Lunatic asylums Punjab 1868-1880 - 1868-1880
Year: 1868
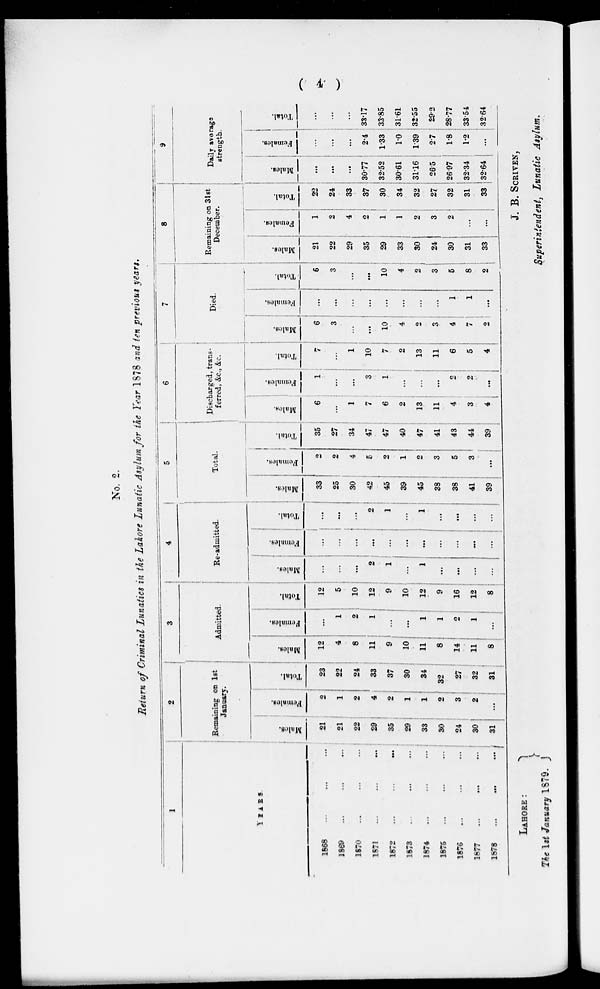
(4)
No. 2.
Return of Criminal Lunatics in the Lahore Lunatic Asylum for the Tear 1878 and ten previous years.
1
YEARS.
1868 ... ...
...
1869 ... ... ...
1870 ... ... ...
1871 ... ... ...
1872
...
...
...
1873 ... ... ...
1874 ... ... ...
1875 ... ... ...
1876 ... ... ...
1877 ... ... ...
1878 ... ... ...
2
Remaining on 1st
January.
Males
21
21
22
29
35
29
33
90
24
30
31
Females.
2
1
2
4
2
1
1
2
3
2
...
Total.
23
22
24
33
37
30
34
32
27
32
31
3
Admitted.
Males.
12
4
8
11
9
10
11
8
14
11
8
Females.
...
1
2
1
...
...
1
1
2
1
...
Total.
12
5
10
12
9
10
12
9
16
12
8
4
Re-admitted.
Males.
...
...
...
2
1
...
1
...
...
...
...
Females.
...
...
...
...
...
...
...
...
...
...
...
Total
...
...
...
2
1
...
1
...
...
...
...
5
Total.
Males.
33
25
30
42
45
39
45
38
38
41
39
Females.
2
2
4
...
2
1
2
3
5
3
...
Total.
35
27
34
47
47
40
47
41
43
44
39
6
Discharged, trans-
ferred, &C, &C.
Males.
6
...
1
7
6
2
13
11
4
3
4
Females.
1
...
...
3
1
...
...
...
2
2
...
Total.
7
...
1
10
7
2
13
11
6
5
4
7
Died.
Males.
6
3
...
...
10
4
2
3
4
7
2
Females.
...
...
...
...
...
...
...
...
1
1
...
Total.
6
3
...
...
10
4
2
3
5
8
2
8
Remaining on 31st
December.
Males
21
22
29
35
29
33
30
24
30
31
33
Females.
1
2
4
2
1
1
2
3
2
...
...
Total.
22
24
33
37
30
34
32
27
32
31
33
9
Daily average
strength.
Males
...
...
...
30.77
32.52
30.61
31.16
26.5
26.97
32.34
32.64
Females.
...
...
...
2.4
1.33
1.0
1.39
2.7
1.8
1.2
...
Total.
...
...
...
33.17
33.85
31.61
32.55
29.2
28.77
33.54
32.64
LAHORE:
The 1st January 1879.
J. B. SCRIVEN,
Superintendent, Lunatic Asylum.